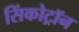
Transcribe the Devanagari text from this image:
सिंकोट्रॉन